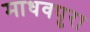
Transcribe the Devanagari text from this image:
माधवपुरा